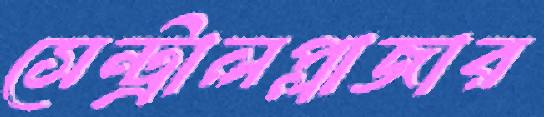
সেন্ট্রালপ্লাজার